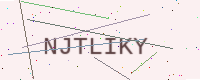
Text: NJTLIKY